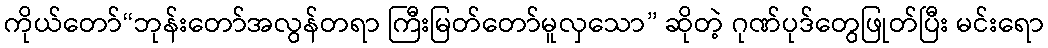
ကိုယ်တော်“ဘုန်းတော်အလွန်တရာ ကြီးမြတ်တော်မူလှသော” ဆိုတဲ့ ဂုဏ်ပုဒ်တွေဖြုတ်ပြီး မင်းရော